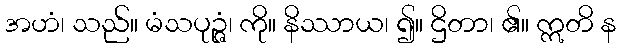
အဟံ၊ သည်။ မံသပုဉ္ဇံ၊ ကို။ နိဿာယ၊ ၍။ ဌိတာ၊ ၏။ ဣတိ န